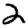
Digit: 2